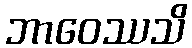
ဘာဝေဿသိ